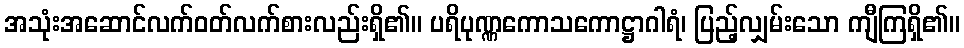
အသုံးအဆောင်လက်ဝတ်လက်စားလည်းရှိ၏။ ပရိပုဏ္ဏကောသကောဋ္ဌာဂါရံ၊ ပြည့်လျှမ်းသော ကျီကြရှိ၏။